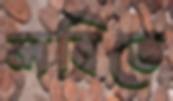
লবিতে